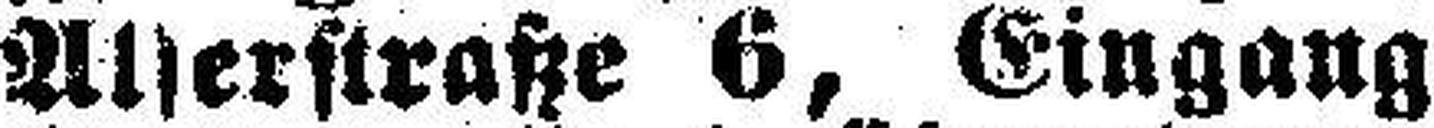
Alserstraße 6, Eingang